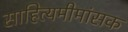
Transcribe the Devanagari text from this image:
साहित्यमीमांसक